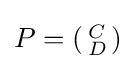
P=\left({\begin{smallmatrix}C\\D\end{smallmatrix}}\right)